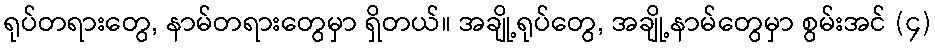
ရုပ်တရားတွေ, နာမ်တရားတွေမှာ ရှိတယ်။ အချို့ရုပ်တွေ, အချို့နာမ်တွေမှာ စွမ်းအင် (၄)